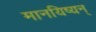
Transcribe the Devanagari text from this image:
मानयिष्यन्